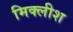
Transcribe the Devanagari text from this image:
मिक्लीश